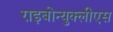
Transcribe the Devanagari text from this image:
राइबोन्युक्लीएस